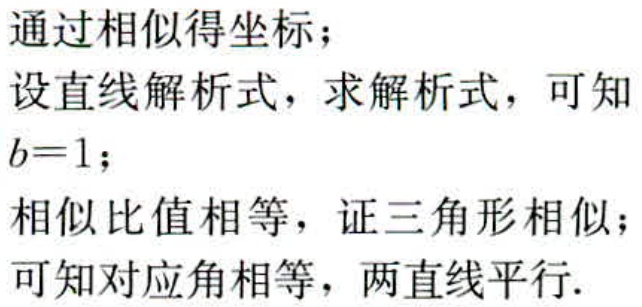
通过相似得坐标；
设直线解析式，求解析式，可知\(b = 1\)；
相似比值相等，证三角形相似；
可知对应角相等，两直线平行.